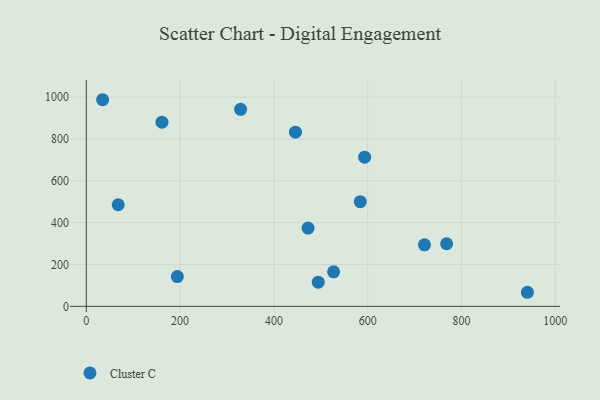
{"axis": {"x": "Speed", "y": "Sales"}, "legend": ["Cluster C"], "data": [{"x": "194.1", "y": 142.0, "type": "Cluster C"}, {"x": "721.0", "y": 293.9, "type": "Cluster C"}, {"x": "446.0", "y": 832.6, "type": "Cluster C"}, {"x": "161.3", "y": 880.3, "type": "Cluster C"}, {"x": "68.0", "y": 485.5, "type": "Cluster C"}, {"x": "593.5", "y": 712.8, "type": "Cluster C"}, {"x": "768.3", "y": 299.2, "type": "Cluster C"}, {"x": "34.8", "y": 987.5, "type": "Cluster C"}, {"x": "472.8", "y": 374.1, "type": "Cluster C"}, {"x": "584.2", "y": 500.4, "type": "Cluster C"}, {"x": "329.0", "y": 941.6, "type": "Cluster C"}, {"x": "940.5", "y": 67.2, "type": "Cluster C"}, {"x": "494.6", "y": 115.6, "type": "Cluster C"}, {"x": "527.4", "y": 164.9, "type": "Cluster C"}]}